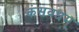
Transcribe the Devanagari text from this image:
कंसवधम्